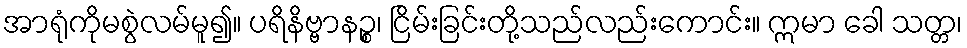
အာရုံကိုမစွဲလမ်မူ၍။ ပရိနိဗ္ဗာနဉ္စ၊ ငြိမ်းခြင်းတို့သည်လည်းကောင်း။ ဣမာ ခေါ သတ္တ၊